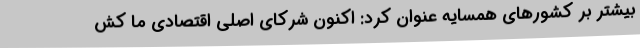
بیشتر بر کشورهای همسایه عنوان کرد: اکنون شرکای اصلی اقتصادی ما کش